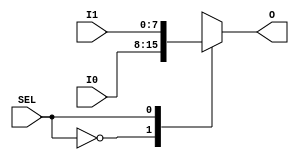
`timescale 1ns / 1ps
//////////////////////////////////////////////////////////////////////////////////
// Company: AMD
// 
// Design Name: Day 1 Homework
// Module Name: top
// Project Name: Structural and behavioural MUX_2_1 
// Target Devices: --//--
// Tool Versions: --//--
// Description:  Structural and behavioural MUX_2_1 implementation, with
//                  parametrizable data width.
// Dependencies: None
// 
// Revision: 0.01
// Revision 0.01 - File Created
// Additional Comments:
// 
//////////////////////////////////////////////////////////////////////////////////

module mux_2_1_behav #(parameter DATA_WIDTH = 8)(
        input [DATA_WIDTH - 1:0] I0,
        input [DATA_WIDTH - 1:0] I1,
        input SEL,
        output reg [DATA_WIDTH - 1:0] O
    );
    always@(SEL)
        // can also be implemented using if, but I prefer using cases (looks cool!)
        case(SEL)
            1'b0: O = I0;
            1'b1: O = I1;
        endcase
endmodule

module mux_2_1_struc #(parameter DATA_WIDTH = 8) (
        input [DATA_WIDTH - 1:0] I0,
        input [DATA_WIDTH - 1:0] I1,
        input SEL,
        output [DATA_WIDTH - 1:0] O
    );
    // assign is cleaner and we do not use reg in this case.
      assign O = ({DATA_WIDTH{~SEL}} & I0) | ({DATA_WIDTH{SEL}} & I1);
endmodule

// we will not declare a top module, but we will test each multiplexer separately in the
// testbench. this is cleaner, however declaring an actual top module would not be hard.

module tb_top;
    parameter DATA_WIDTHt = 16; // we declare a constant for a custom data width.
    // used parameter for easier testing, but can be replaced with a numeric value
    // everywhere else (which is tedious). this will show up in simulation!
                               
    // declare the required variables for the two DUT.
    reg [DATA_WIDTHt - 1:0] I0t;
    reg [DATA_WIDTHt - 1:0] I1t;
    reg SELt;
    wire [DATA_WIDTHt - 1:0] Ot_behav;
    wire [DATA_WIDTHt - 1:0] Ot_struc;
    
    // we create instances of the two multiplexer types.
    mux_2_1_behav#(DATA_WIDTHt) dut_1(
            .I0(I0t),
            .I1(I1t),
            .SEL(SELt),
            .O(Ot_behav)
        );
    mux_2_1_struc#(DATA_WIDTHt) dut_2(
            .I0(I0t),
            .I1(I1t),
            .SEL(SELt),
            .O(Ot_struc)
        );
        
    initial
        #20 $finish;
        
    initial
        begin
            #0 I0t = {{DATA_WIDTHt-8 {1'b0}}, 8'b0000_1111}; // default value
    // is 8 bits, but I decided to pad it with zeroes until data width is achieved,
    // just for easier testing (and to be cooler). learned this at my Computer Architecture
    // class where a RISC-V microprocessor was implemented.
               I1t = {{DATA_WIDTHt-8 {1'b0}}, 8'hf0}; // did the same thing, but I used
    // hex value instead of binary value to test my skills.
               SELt = 1'b0; // expected I0t
            #10 SELt = 1'b1; // expected I1t
        end
endmodule